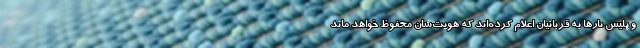
و پلیس بار‌ها به قربانیان اعلام کرده‌اند که هویت‌شان محفوظ خواهد ماند